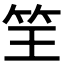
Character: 𮵬